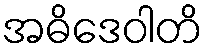
အဓိဒေဝါတိ